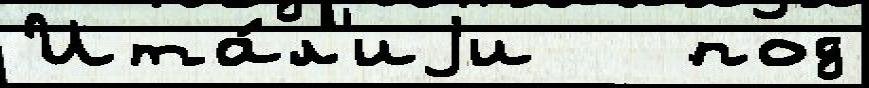
Ита́л'иjи   под